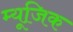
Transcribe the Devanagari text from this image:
म्‍यूजि़क